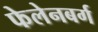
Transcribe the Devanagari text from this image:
फेलेनबर्ग